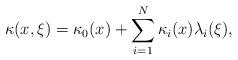
LaTeX: \begin{align*}\kappa(x,\xi) = \kappa_0(x) + \sum_{i=1}^{N} \kappa_i(x) \lambda_i(\xi), \end{align*}